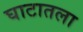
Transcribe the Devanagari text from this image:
घाटातला